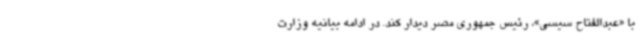
با «عبدالفتاح سیسی»، رئیس جمهوری مصر دیدار کند. در ادامه بیانیه وزارت